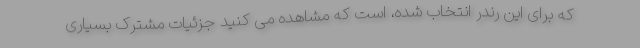
که برای این رندر انتخاب شده، است که مشاهده می کنید جزئیات مشترک بسیاری